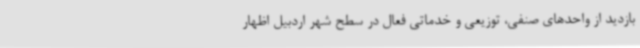
بازدید از واحدهای صنفی، توزیعی و خدماتی فعال در سطح شهر اردبیل اظهار